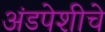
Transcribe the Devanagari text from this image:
अंडपेशीचे